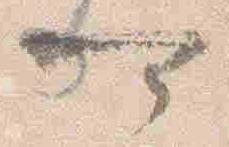
可